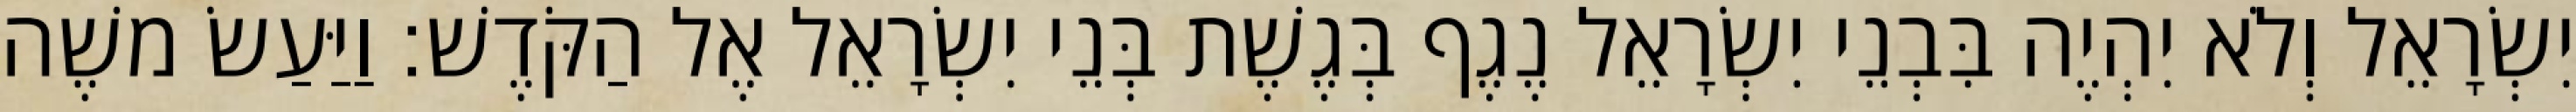
יִשְׂרָאֵל וְלֹא יִהְיֶה בִּבְנֵי יִשְׂרָאֵל נֶגֶף בְּגֶשֶׁת בְּנֵי יִשְׂרָאֵל אֶל הַקֹּדֶשׁ׃ וַיַּעַשׂ משֶׁה